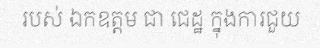
របស់ ឯកឧត្តម ជា ជេដ្ឋ ក្នុងការជួយ